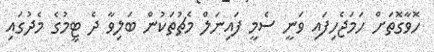
ހޮވާގޮތަށް ހަމަޖެހިފައި ވަނީ ސެމީ ފައިނަލް މެޗުތަކުން ބަލިވާ ދެ ޓީމުގެ މެދުގައި